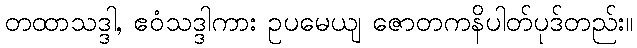
တထာသဒ္ဒါ, ဧဝံသဒ္ဒါကား ဥပမေယျ ဇောတကနိပါတ်ပုဒ်တည်း။